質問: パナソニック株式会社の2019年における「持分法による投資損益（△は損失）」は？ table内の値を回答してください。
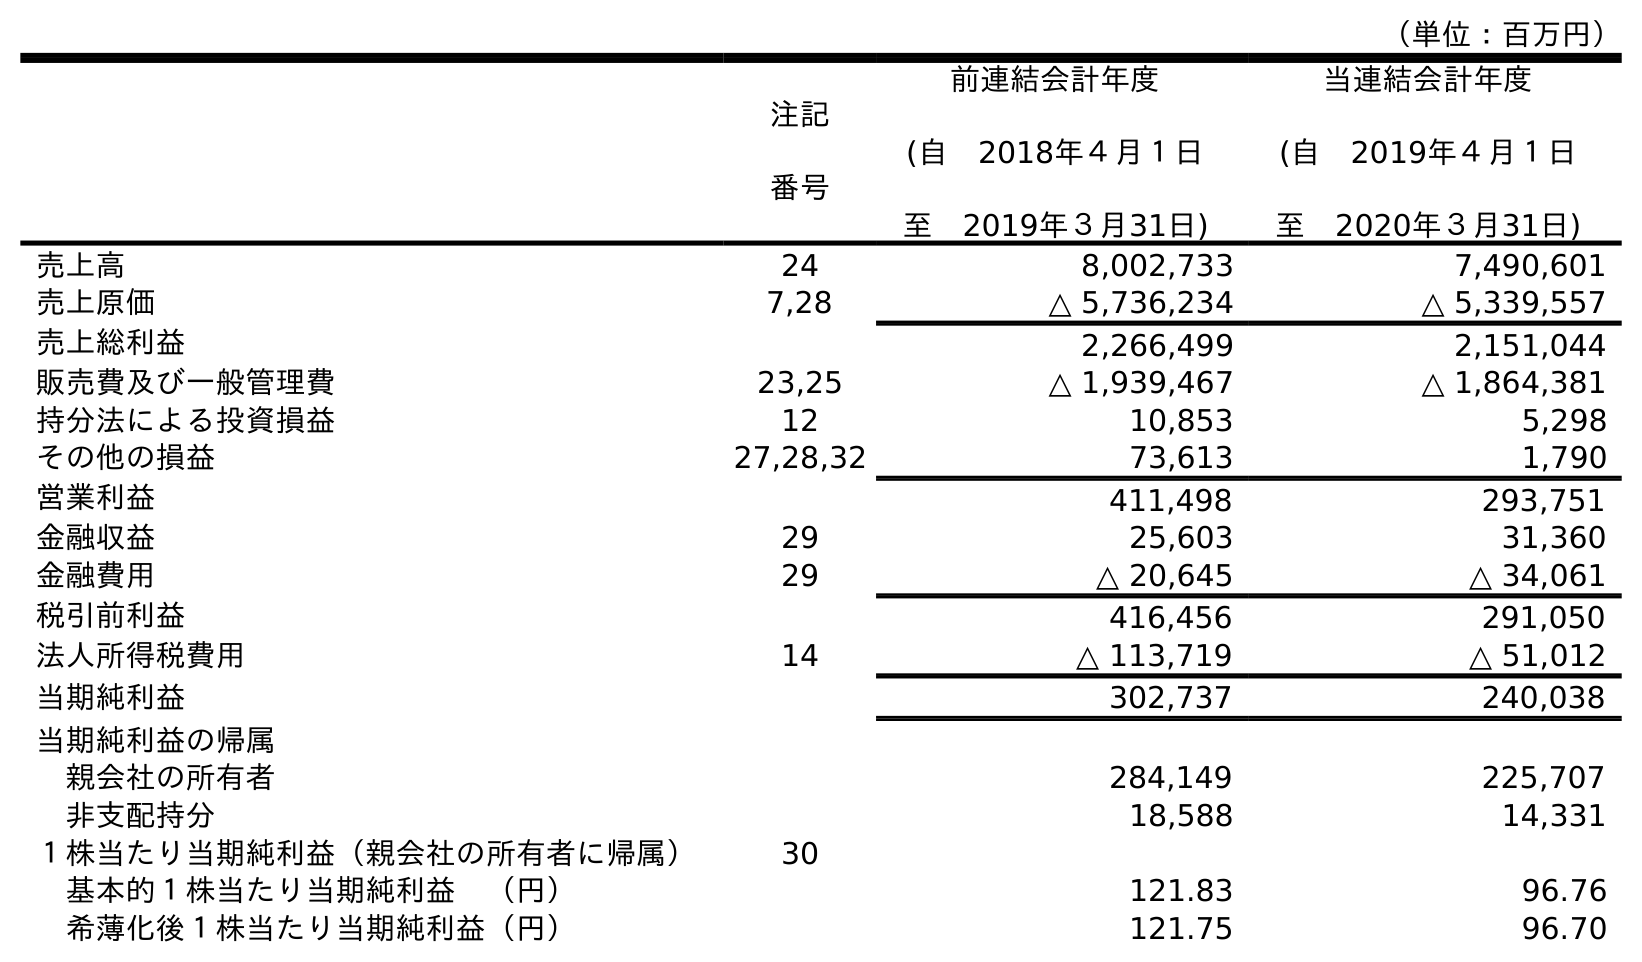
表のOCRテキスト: （単位：百万円） 注記 番号 前連結会計年度 (自 2018年４月１日 至 2019年３月31日) 当連結会計年度 (自 2019年４月１日 至 2020年３月31日) 売上高 24 8,002,733 7,490,601 売上原価 7,28 △ 5,736,234 △ 5,339,557 売上総利益 2,266,499 2,151,044 販売費及び一般管理費 23,25 △ 1,939,467 △ 1,864,381 持分法による投資損益 12 10,853 5,298 その他の損益 27,28,32 73,613 1,790 営業利益 411,498 293,751 金融収益 29 25,603 31,360 金融費用 29 △ 20,645 △ 34,061 税引前利益 416,456 291,050 法人所得税費用 14 △ 113,719 △ 51,012 当期純利益 302,737 240,038 当期純利益の帰属 親会社の所有者 284,149 225,707 非支配持分 18,588 14,331 １株当たり当期純利益（親会社の所有者に帰属） 30 基本的１株当たり当期純利益 （円） 121.83 96.76 希薄化後１株当たり当期純利益（円） 121.75 96.70
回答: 10,853